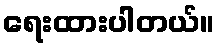
ရေးထားပါတယ်။